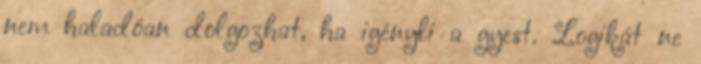
nem haladóan dolgozhat, ha igényli a gyest. Logikát ne